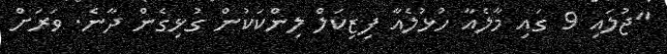
"ޖުލައި 9 ގައި މާލެއާ ހުޅުލެއާ ފިޒިކަލް ލިންކަކުން ގުޅިގެން ދާނެ. ވަރަށް